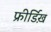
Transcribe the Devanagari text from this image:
फ्रीर्डिख़